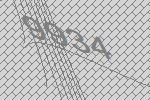
9934